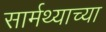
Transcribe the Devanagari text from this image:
सार्मथ्याच्या